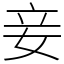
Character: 妾